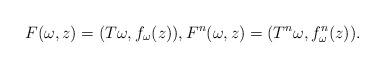
LaTeX: \begin{align*}F(\omega,z)=(T\omega,f_\omega(z)),F^n(\omega,z)=(T^n\omega,f^n_\omega(z)).\end{align*}